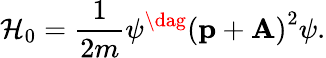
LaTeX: {\cal H}_{0}={\frac{1}{2m}}\psi^{\dag}\left(\mathrm{\mathbf p}+\mathrm{\mathbf A}\right)^{2}\psi.